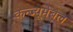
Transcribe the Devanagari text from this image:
कन्ज्यूमेबल